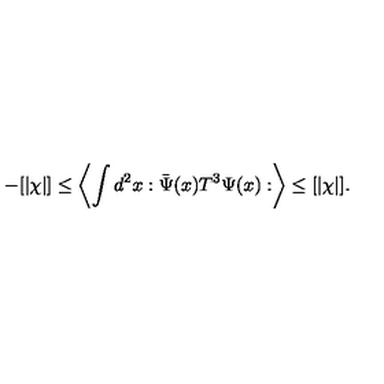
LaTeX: - [ \vert \chi \vert ] \leq \left\langle \int d ^ { 2 } x : \bar { \Psi } ( x ) T ^ { 3 } \Psi ( x ) : \right\rangle \leq [ \vert \chi \vert ] .